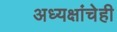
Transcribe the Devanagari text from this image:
अध्यक्षांचेही